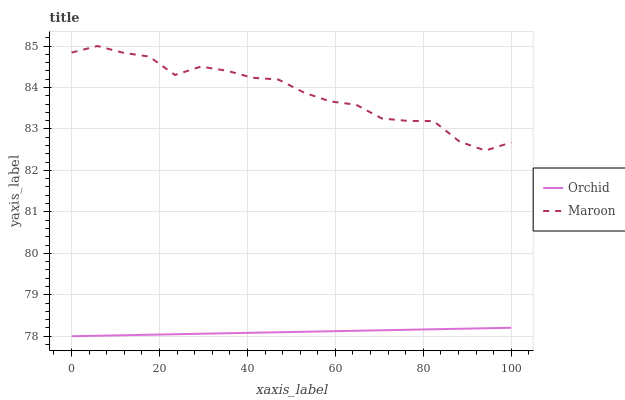
| xaxis_label | Orchid | Maroon |
 | --- | --- | --- |
 | 0 | 78 | 84.8 |
 | 5.88 | 78 | 85 |
 | 11.8 | 78 | 84.8 |
 | 17.6 | 78 | 84.7 |
 | 23.5 | 78 | 84.3 |
 | 29.4 | 78.1 | 84.5 |
 | 35.3 | 78.1 | 84.4 |
 | 41.2 | 78.1 | 84.2 |
 | 47.1 | 78.1 | 84.2 |
 | 52.9 | 78.1 | 83.9 |
 | 58.8 | 78.1 | 83.7 |
 | 64.7 | 78.1 | 83.6 |
 | 70.6 | 78.1 | 83.3 |
 | 76.5 | 78.2 | 83.2 |
 | 82.4 | 78.2 | 83.2 |
 | 88.2 | 78.2 | 82.7 |
 | 94.1 | 78.2 | 82.5 |
 | 100 | 78.2 | 82.7 |